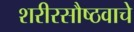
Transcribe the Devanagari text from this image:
शरीरसौष्ठवाचे